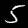
Digit: 5